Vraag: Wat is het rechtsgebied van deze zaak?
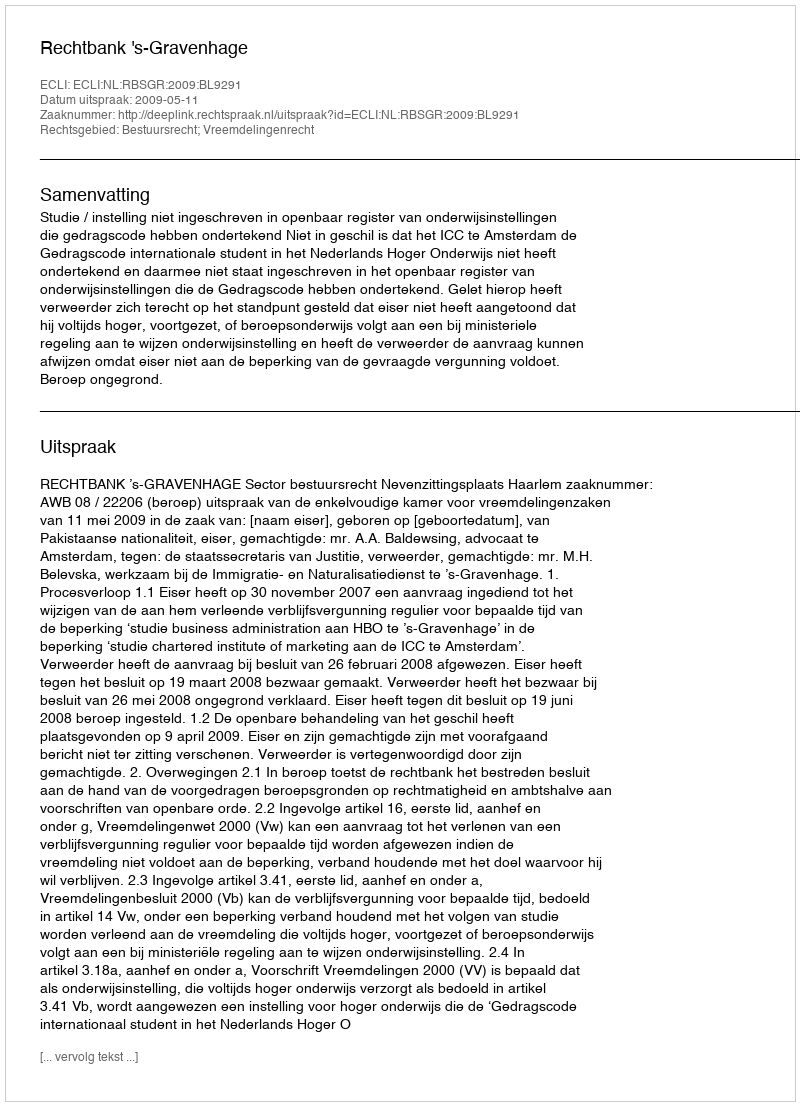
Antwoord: Bestuursrecht; Vreemdelingenrecht